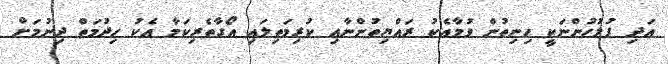
އަދި ފުލުހުންނަކީ ހިނިތުން ވުމާއެކު ރައްޔިތުންނާއި ކުރިމަތިލައި އޯގާތެރިކަމާ އެކު ހިދުމަތް ދިނުމަށް